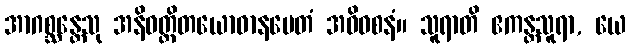
အာဂစ္ဆန္တေသု အနိဝတ္တိတယောဓာနမေတံ အဓိဝစနံ။ သူရာတိ ဧကန္တသူရာ, ယေ